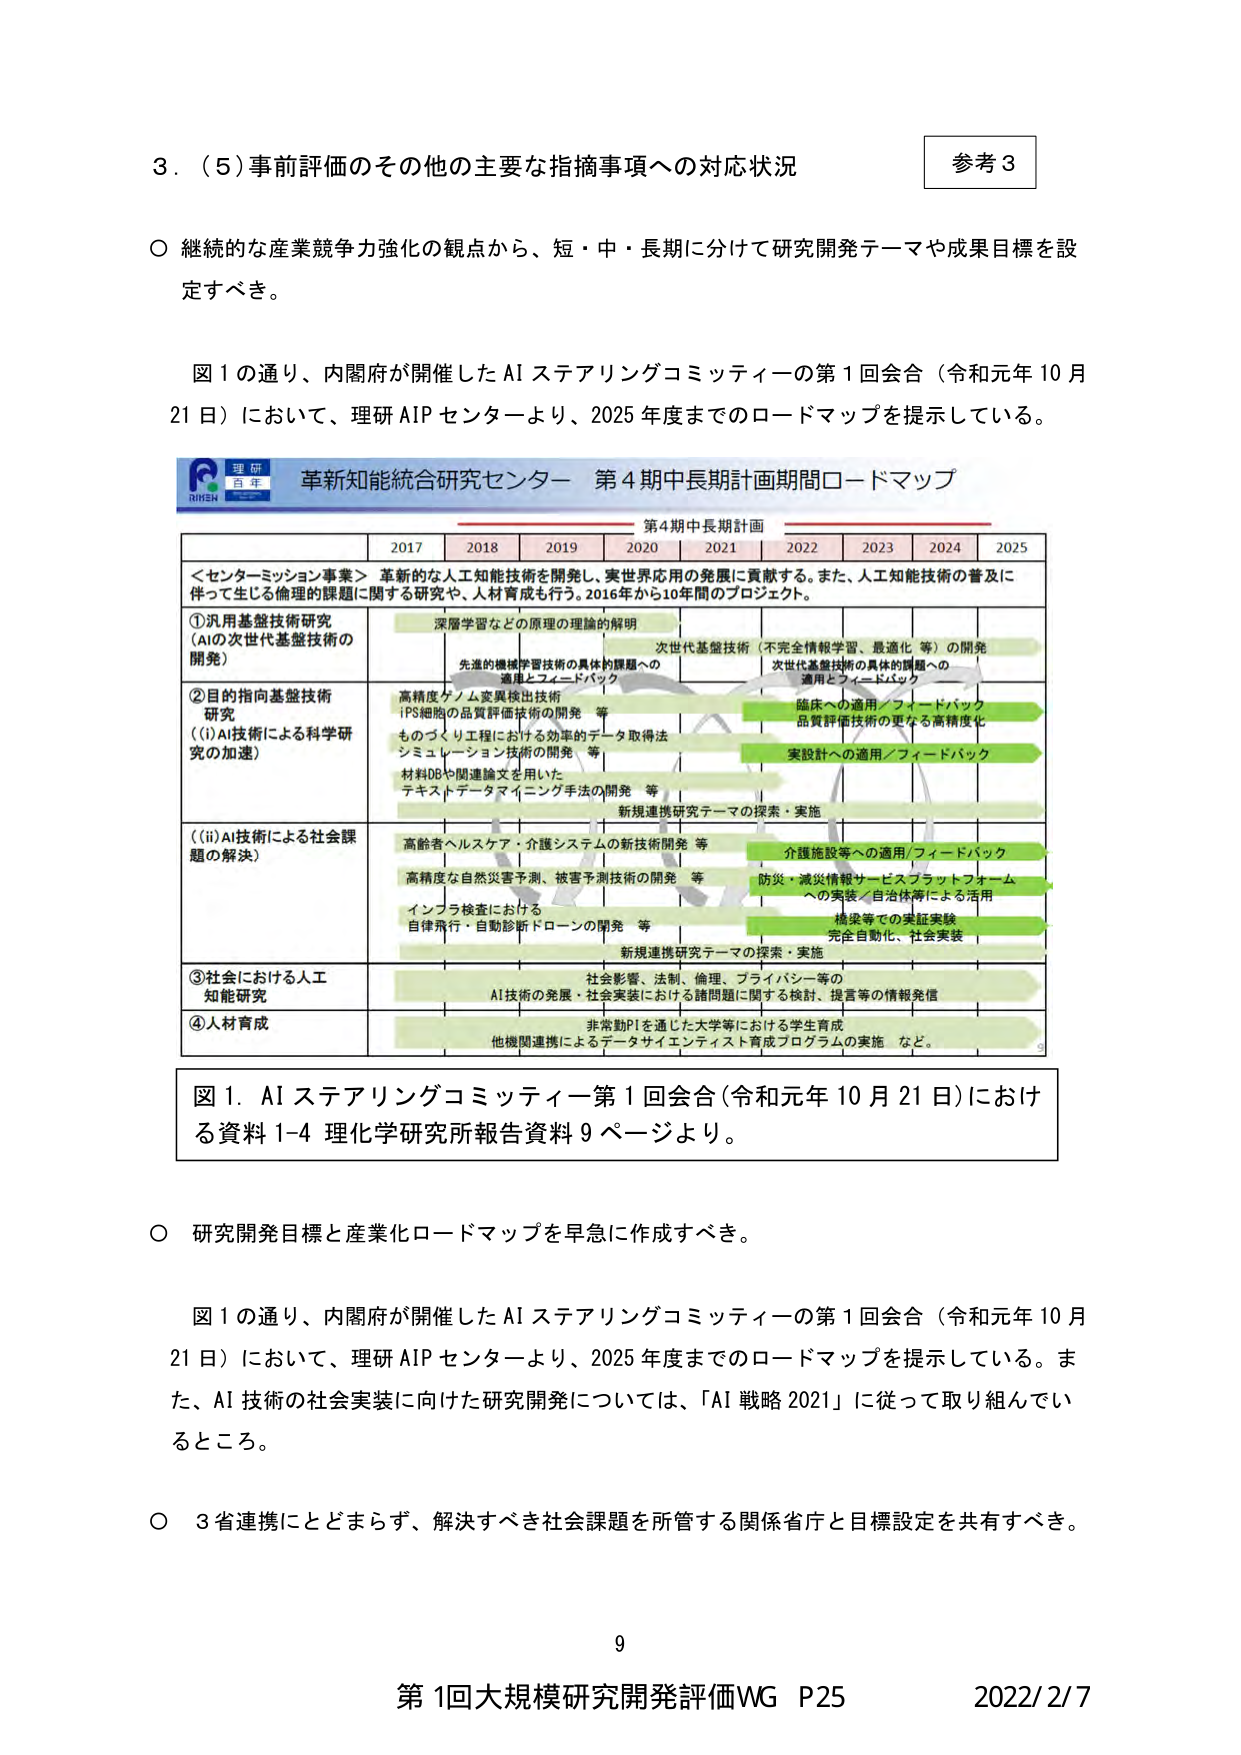
3．（5）事前評価のその他の主要な指摘事項への対応状況

○ 継続的な産業競争力強化の観点から、短・中・長期に分けて研究開発テーマや成果目標を設定すべき。

図1の通り、内閣府が開催したAIステアリングコミッティーの第1回会合（令和元年10月21日）において、理研AIPセンターより、2025年度までのロードマップを提示している。

理研
百年
RIKEN
革新知能統合研究センター 第4期中長期計画期間ロードマップ

第4期中長期計画
2017 2018 2019 2020 2021 2022 2023 2024 2025

＜センターミッション事業＞ 革新的な人工知能技術を開発し、実世界応用の発展に貢献する。また、人工知能技術の普及に伴って生じる倫理的課題に関する研究や、人材育成も行う。2016年から10年間のプロジェクト。

①汎用基盤技術研究
（AIの次世代基盤技術の開発）
深層学習などの原理的理論的解明
先進的機械学習技術の具体的課題への適用とフィードバック
次世代基盤技術（不完全情報学習、最適化等）の開発
次世代基盤技術の具体的課題への適用とフィードバック

②目的指向基盤技術研究
（i）AI技術による科学研究の加速
高精度ゲノム変異検出技術
iPS細胞の品質評価技術の開発 等
ものづくり工程における効率的データ取得法
シミュレーション技術の開発 等
材料DBや関連論文を用いた
テキストデータマイニング手法の開発 等
臨床への適用／フィードバック
品質評価技術の更なる高精度化
実設計への適用／フィードバック
新規連携研究テーマの探索・実施

（ii）AI技術による社会課題の解決
高齢者ヘルスケア・介護システムの新技術開発 等
高精度な自然災害予測、被害予測技術の開発 等
インフラ検査における
自律飛行・自動診断ドローンの開発 等
介護施設等への適用／フィードバック
防災・減災情報サービスプラットフォームへの実装／自治体等による活用
橋梁等での実証実験
完全自動化、社会実装
新規連携研究テーマの探索・実施

③社会における人工知能研究
社会影響、法制、倫理、プライバシー等の
AI技術の発展・社会実装における諸問題に関する検討、提言等の情報発信

④人材育成
非常勤PIを通じた大学等における学生育成
他機関連携によるデータサイエンティスト育成プログラムの実施 など。

図1．AIステアリングコミッティー第1回会合（令和元年10月21日）における資料1-4 理化学研究所報告資料9ページより。

○ 研究開発目標と産業化ロードマップを早急に作成すべき。

図1の通り、内閣府が開催したAIステアリングコミッティーの第1回会合（令和元年10月21日）において、理研AIPセンターより、2025年度までのロードマップを提示している。また、AI技術の社会実装に向けた研究開発については、「AI戦略2021」に従って取り組んでいるところ。

○ 3省連携にとどまらず、解決すべき社会課題を所管する関係省庁と目標設定を共有すべき。

9
第1回大規模研究開発評価WG P25 2022/2/7

参考3